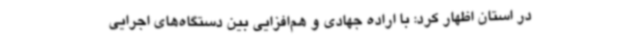
در استان اظهار کرد: با اراده جهادی و هم‌افزایی بین دستگاه‌های اجرایی